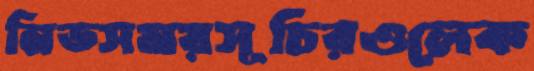
নিডসময়সূচিরওলেক